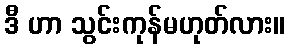
ဒီ ဟာ သွင်းကုန်မဟုတ်လား။